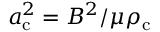
a _ { \mathrm { c } } ^ { 2 } = B ^ { 2 } / \mu \rho _ { \mathrm { c } }